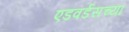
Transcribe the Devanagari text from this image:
एडवर्डसच्या